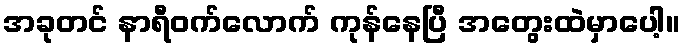
အခုတင် နာရီဝက်လောက် ကုန်နေပြီ အတွေးထဲမှာပေါ့။